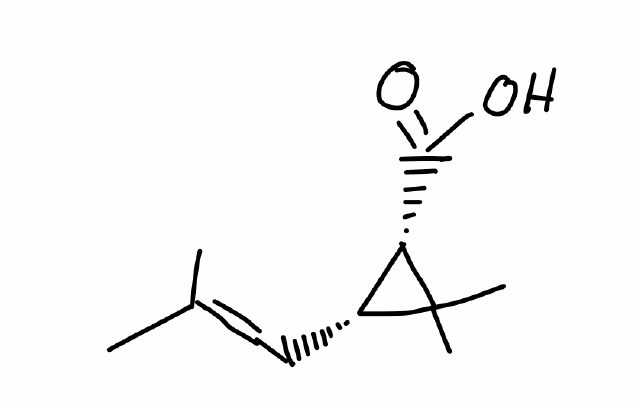
Simplified molecular-input line-entry system (SMILES) notation of the given molecule:
CC(=C[C@@H]1[C@@H](C1(C)C)C(=O)O)C